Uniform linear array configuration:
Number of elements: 12
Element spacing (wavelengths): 0.25
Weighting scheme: uniform
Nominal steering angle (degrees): -15
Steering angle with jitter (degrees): -16.669
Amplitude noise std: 0.05
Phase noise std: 0.05

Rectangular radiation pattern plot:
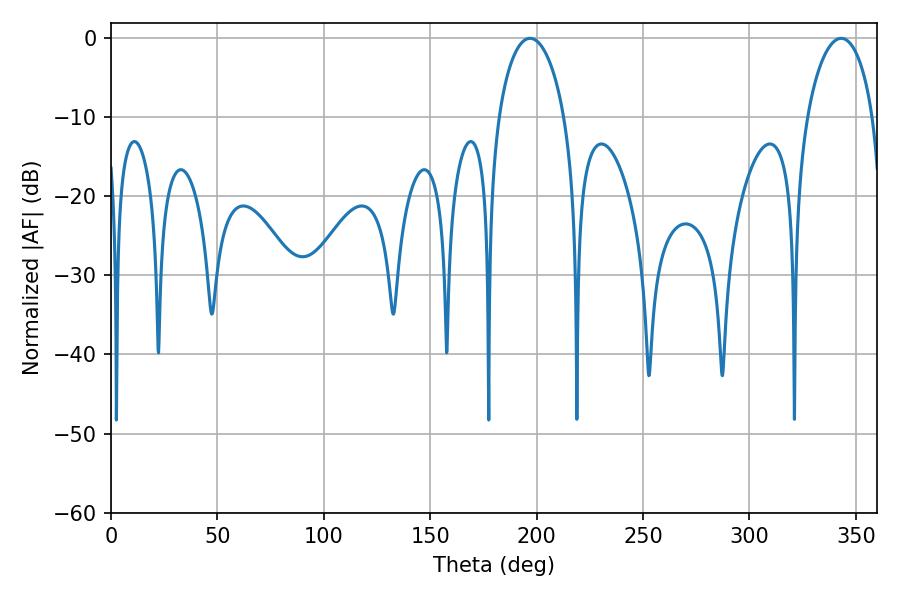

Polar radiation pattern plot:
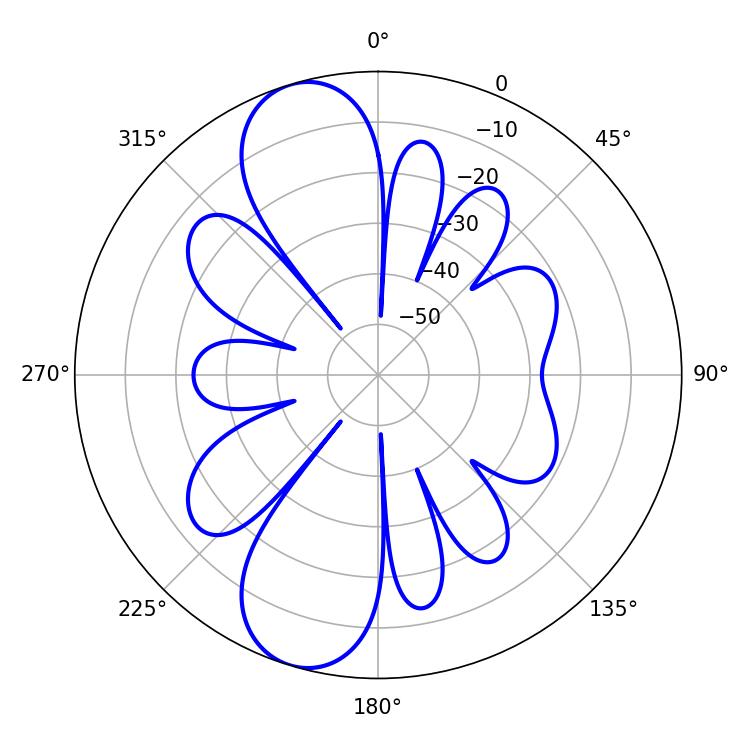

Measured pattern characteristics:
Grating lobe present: FALSE
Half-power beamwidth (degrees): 17.82
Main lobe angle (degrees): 196.92